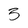
Character: 3